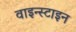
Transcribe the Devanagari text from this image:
वाइन्स्टाइन